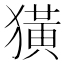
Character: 獚